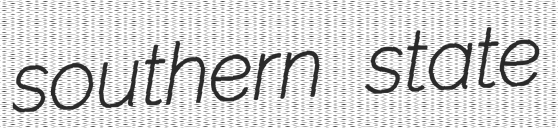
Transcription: southern state